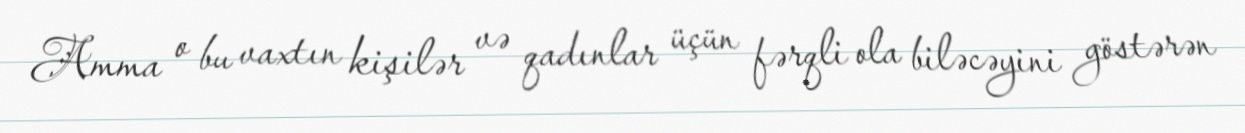
Amma o bu vaxtın kişilər və qadınlar üçün fərqli ola biləcəyini göstərən